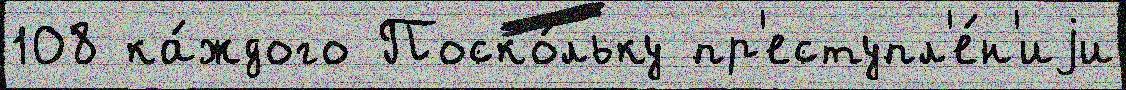
108 ка́ждого Поско́льку пр'еступл'е́н'иjи